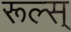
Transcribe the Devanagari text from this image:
रूल्स्